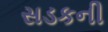
સડકની